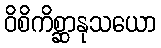
ဝိစိကိစ္ဆာနုသယော